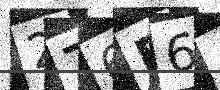
Text: 276D6A